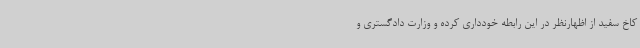
کاخ سفید از اظهارنظر در این رابطه خودداری کرده و وزارت دادگستری و